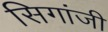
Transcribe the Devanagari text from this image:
सिगांजी